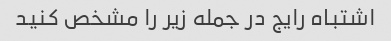
اشتباه رایج در جمله زیر را مشخص کنید